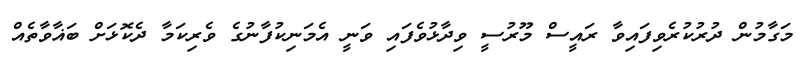
މަގާމުން ދުރުކުރެވިފައިވާ ރައީސް މޫރުސީ ވިދާޅުވެފައި ވަނީ އެމަނިކުފާނުގެ ވެރިކަމާ ދެކޮޅަށް ބަޣާވާތެއް